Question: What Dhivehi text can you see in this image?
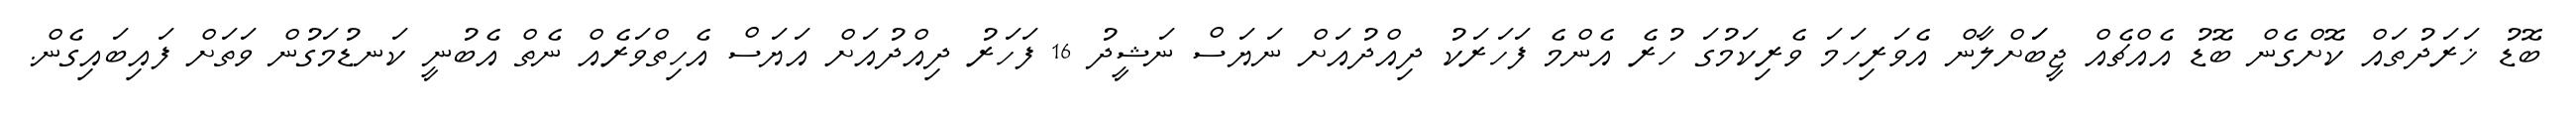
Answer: ބޮޑު ޚަރަދުތައް ކޮށްގެން ބޮޑު އެއްޗެއް ޖީބަަށްލާން އެވަރިހަމަ ވެރިކަމުގަ ހުރެ އެންމެ ފަހަރަކު ދިއްދުއަށް ނަޔަސް ނަޝީދު 16 ފަހަރު ދިއްދުއަށް އަޔަސް އެހިތްވަރެއް ނެތް އެބުނީ ކަނޑުމަގުން ވަތަށް ފައިބައިގެން.